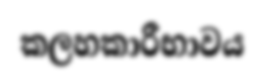
කලහකාරීභාවය